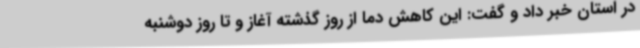
در استان خبر داد و گفت: این کاهش دما از روز گذشته آغاز و تا روز دوشنبه